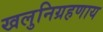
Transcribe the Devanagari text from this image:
खलुनिग्रहणाय